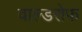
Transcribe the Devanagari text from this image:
वाल्डरोफ